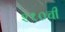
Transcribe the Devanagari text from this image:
२१०ची